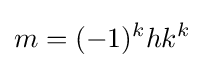
m=(-1)^{k}h{k^{k}}